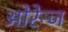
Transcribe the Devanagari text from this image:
ओरेन्ज